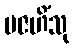
ပဇဟိံသု